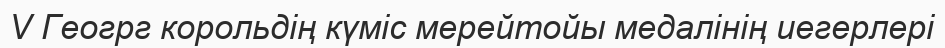
V Геогрг корольдің күміс мерейтойы медалінің иегерлері